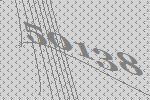
50138